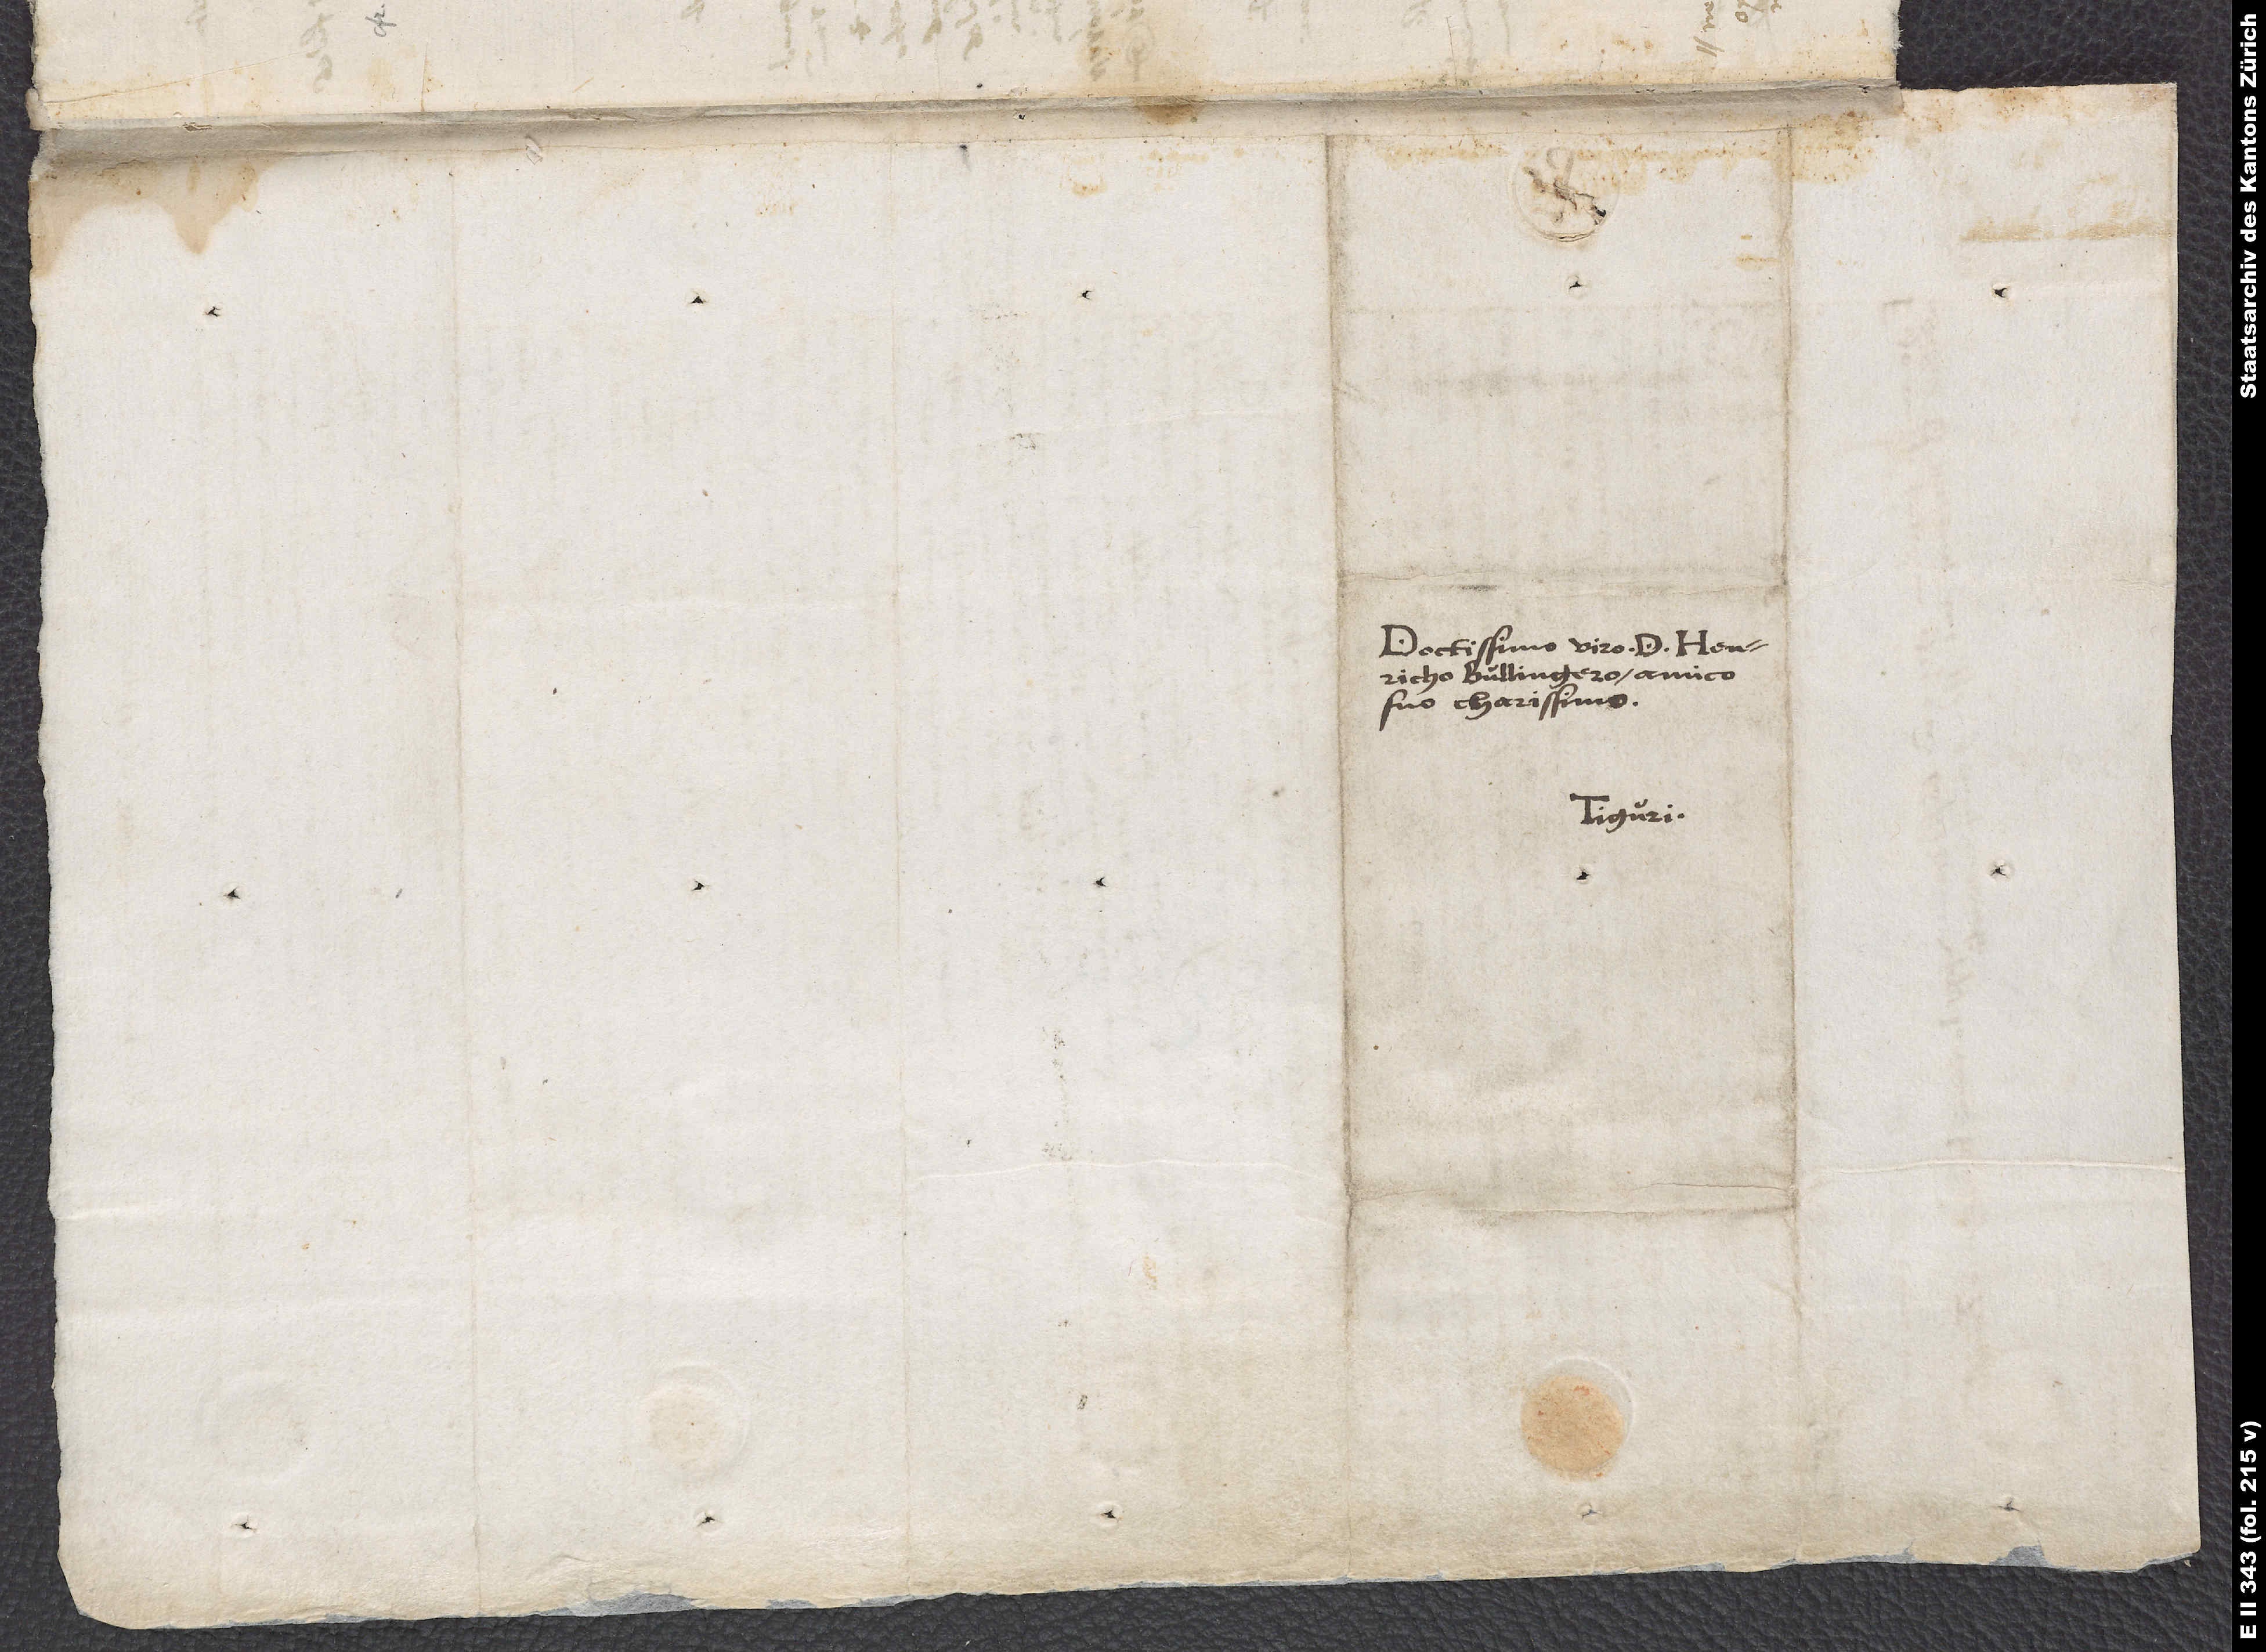
Doctissimo viro D. Henrico
Bullingero amico
suo carissimo.
Tiguri.